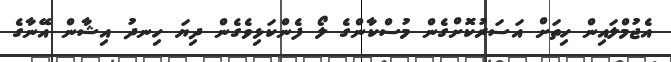
އެޖުމްލައިން ހިތަށް އަސަރުކޮށްގެން މުސްކާންގެ ލޯ ފެންކަޅިވެގެން ދިޔަ ހިނދު އިޝާން އޭނާގެ